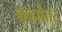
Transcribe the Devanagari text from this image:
ब्राह्मोत्तर